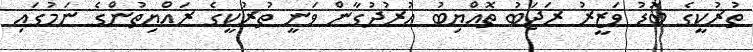
ތުރުކީގެ ބޮޑު ވަޒީރު ރަޖަބު ތޮއްޔިބު އުރުދުގާން ވަނީ ތުރުކީގެ ރައްޔިތުންގެ ނަމުގައި